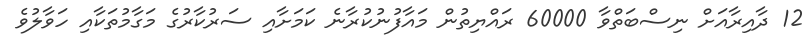
12 ދާއިރާއަށް ނިސްބަތްވާ 60000 ރައްޔިތުން މައާފުނުކުރާނެ ކަމަށާއި ސަރުކާރުގެ މަގާމުތަކާއި ހަވާލުވެ